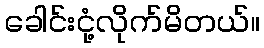
ခေါင်းငုံ့လိုက်မိတယ်။